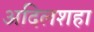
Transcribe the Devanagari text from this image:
अदिलशहा